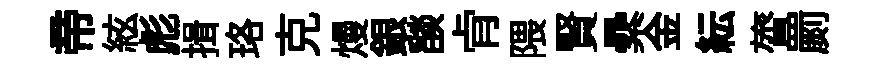
帝絃彪揖珞克熳銀𦦨肻隈賢纍金紜膂罽